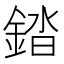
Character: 錔